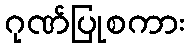
ဂုဏ်ပြုစကား